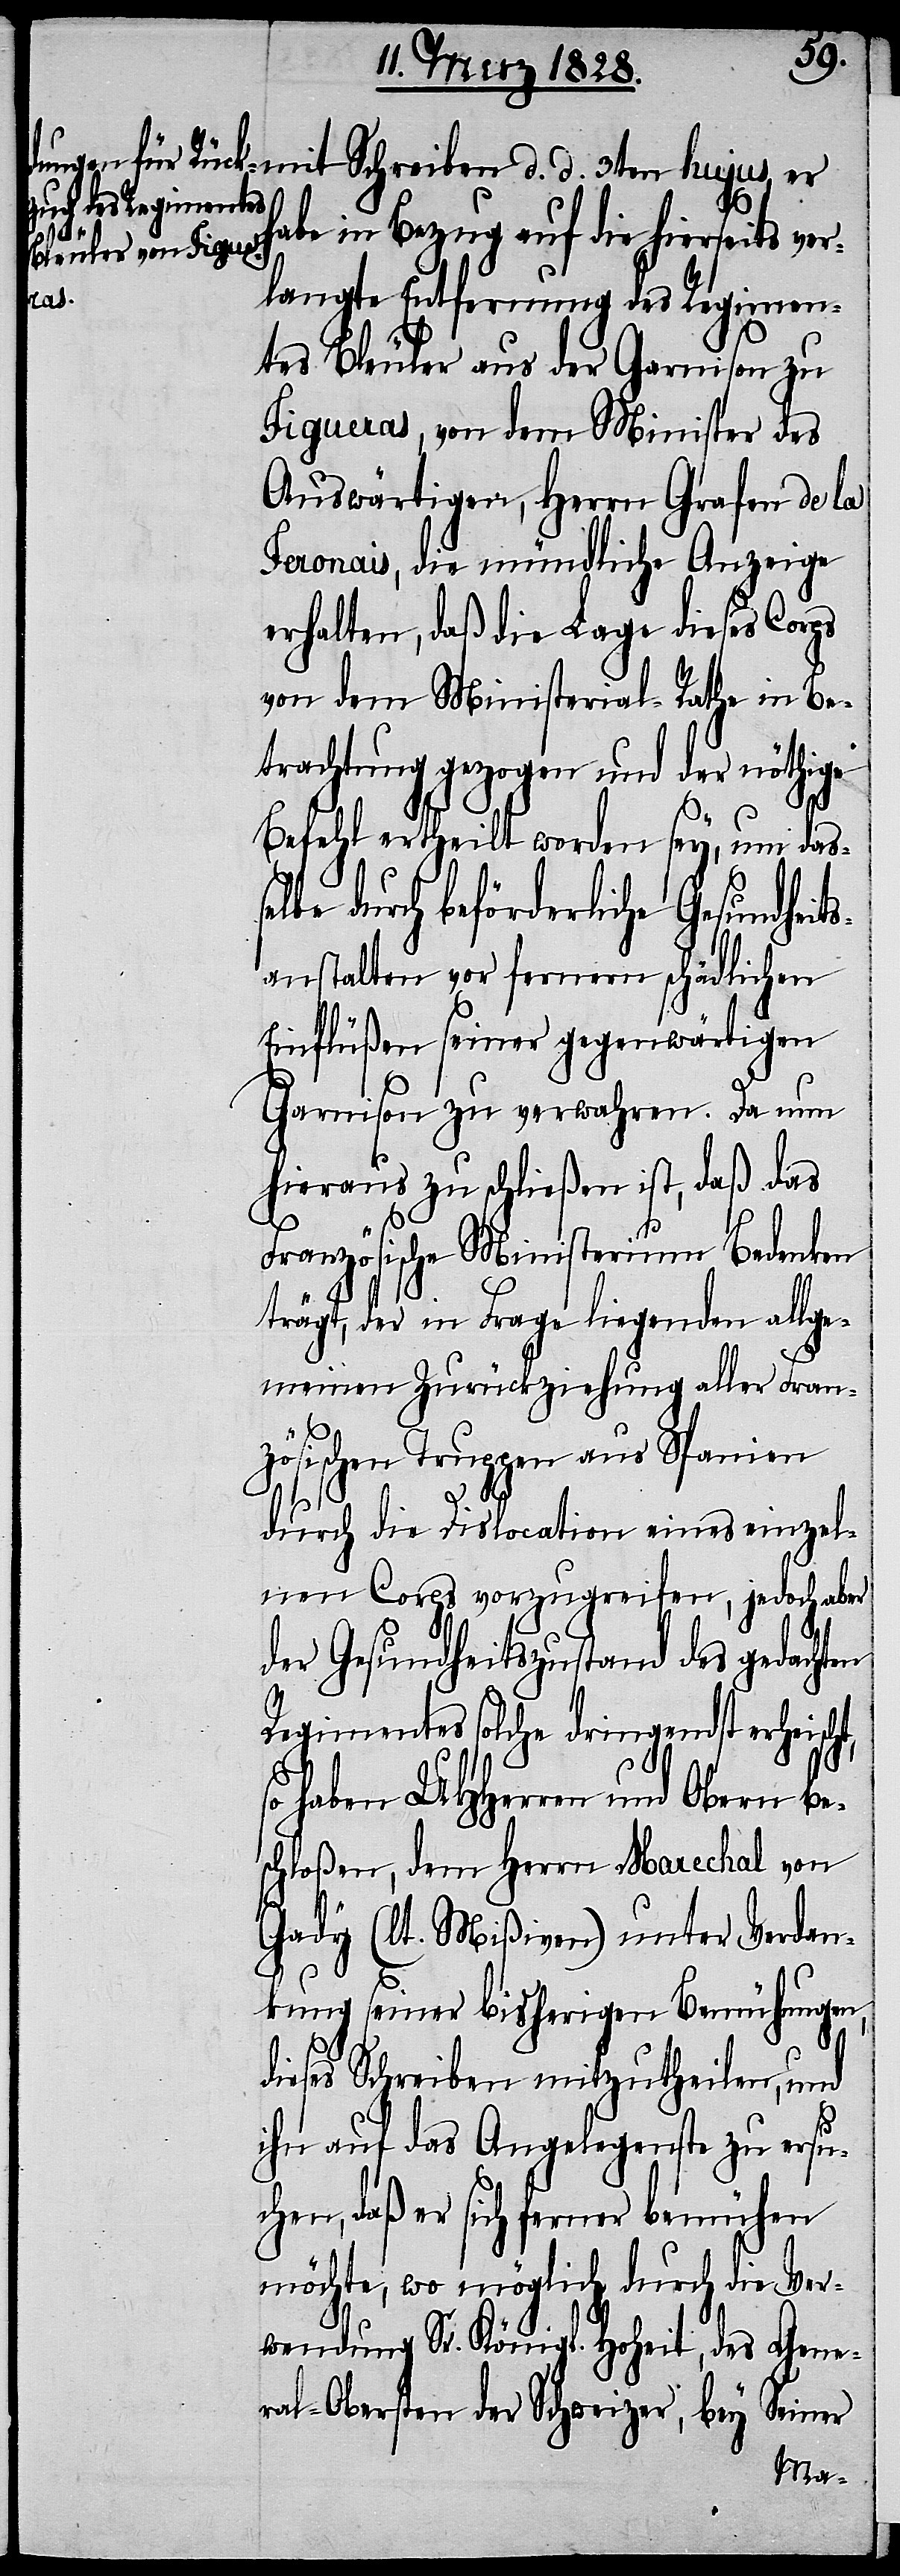
t,
habe in Bezug auf die hierseits ver¬
langte Entfernung des Regimen¬
tes Bleuler aus der Garnison zu
Figueras, von dem Minister des
Auswärtigen, Herrn Grafen de la
Feronais, die mündliche Anzeige
erhalten, daß die Lage dieses Corps
von dem Ministerial-Rathe in Be¬
trachtung gezogen und der nöthige
Befehl ertheilt worden sey, um das¬
lbe durch beförderliche Gesundhei¬
anstalten vor fernern schädlichen
Einflüßen seiner gegenwärtigen
Garnison zu verwahren. Da nun
hieraus zu schließen ist, daß das
Französische Ministerium Bedenken
trägt, der in Frage liegenden allge¬
meinen Zurückziehung aller Fran¬
zösischen Truppen aus Spanien
durch die Dislocation eines einzel¬
nen Corps vorzugreifen, jedoch aber
der Gesundheitszustand des gedachten
Regimentes solche dringendst erheisch¬
so haben UHHerren und Obern be¬
schloßen, dem Herrn Marechal von
Gady (lt. Mißiven) unter Verdan¬
kung seiner bisherigen Bemühungen,
dieses Schreiben mitzutheilen, und
ihn auf das Angelegenste zu ersuc¬
hen, daß er sich ferner bemühen
möchte, wo möglich durch die Ver¬
wendung Sr. Königl. Hoheit, des Gene¬
ral-Obersten der Schweizer, bey Seiner